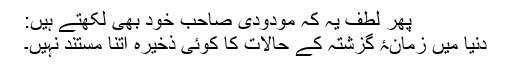
پھر لطف یہ کہ مودودی صاحب خود بھی لکھتے ہیں:
دنیا میں زمانۂ گزشتہ کے حالات کا کوئی ذخیرہ اتنا مستند نہیں۔